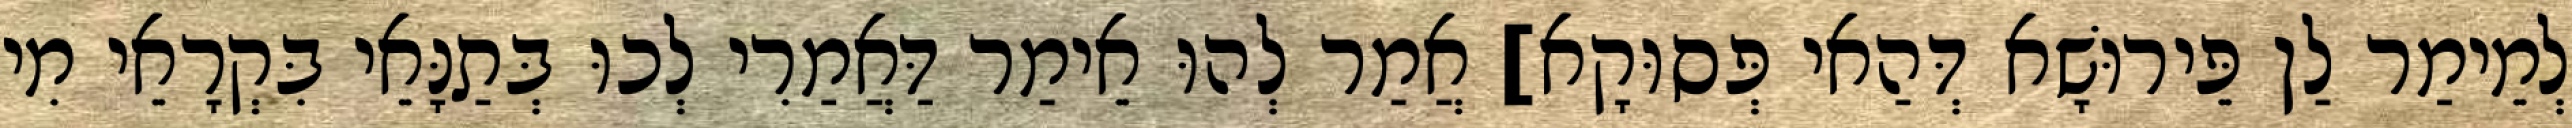
לְמֵימַר לַן פֵּירוּשָׁא דְּהַאי פְּסוּקָא] אֲמַר לְהוּ אֵימַר דַּאֲמַרִי לְכוּ בְּתַנָּאֵי בִּקְרָאֵי מִי